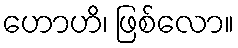
ဟောဟိ၊ ဖြစ်လော။